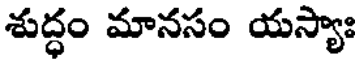
శుద్ధం మానసం యస్యాః